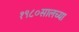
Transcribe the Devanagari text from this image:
१९८०सालच्या